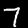
Digit: 7